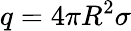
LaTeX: q=4\pi R^{2}\sigma